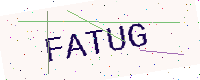
Text: FATUG